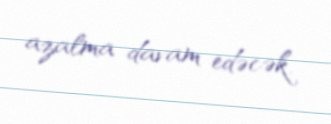
azalma davam edəcək.